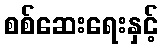
စစ်ဆေးရေးနှင့်